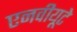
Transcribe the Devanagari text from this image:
एनवीयूटे